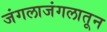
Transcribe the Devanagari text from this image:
जंगलाजंगलातून